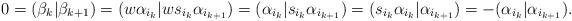
LaTeX: \begin{align*}0 = (\beta_k|\beta_{k+1}) = (w\alpha_{i_k} | ws_{i_k}\alpha_{i_{k+1}}) = (\alpha_{i_k} | s_{i_k}\alpha_{i_{k+1}}) = (s_{i_k}\alpha_{i_k} | \alpha_{i_{k+1}}) = - (\alpha_{i_k} | \alpha_{i_{k+1}}).\end{align*}